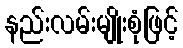
နည်းလမ်းမျိုးစုံဖြင့်